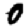
Digit: 0